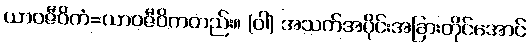
ယာဝဇီဝိကံ=ယာဝဇီဝိကတည်း။ (ဝါ) အသက်အပိုင်းအခြားတိုင်အောင်